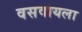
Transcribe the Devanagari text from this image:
वसवायला